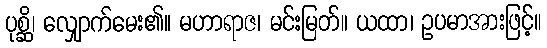
ပုစ္ဆိ၊ လျှောက်မေး၏။ မဟာရာဇ၊ မင်းမြတ်။ ယထာ၊ ဥပမာအားဖြင့်။